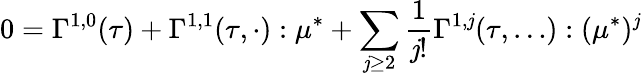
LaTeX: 0=\Gamma^{1,0}(\tau)+\Gamma^{1,1}(\tau,\cdot):\mu^{*}+\sum_{\mathit{j}\geq2}\frac{{1}}{{\mathit{j}!}}\Gamma^{1,\mathit{j}}(\tau,\dots):(\mu^{*})^{\mathit{j}}